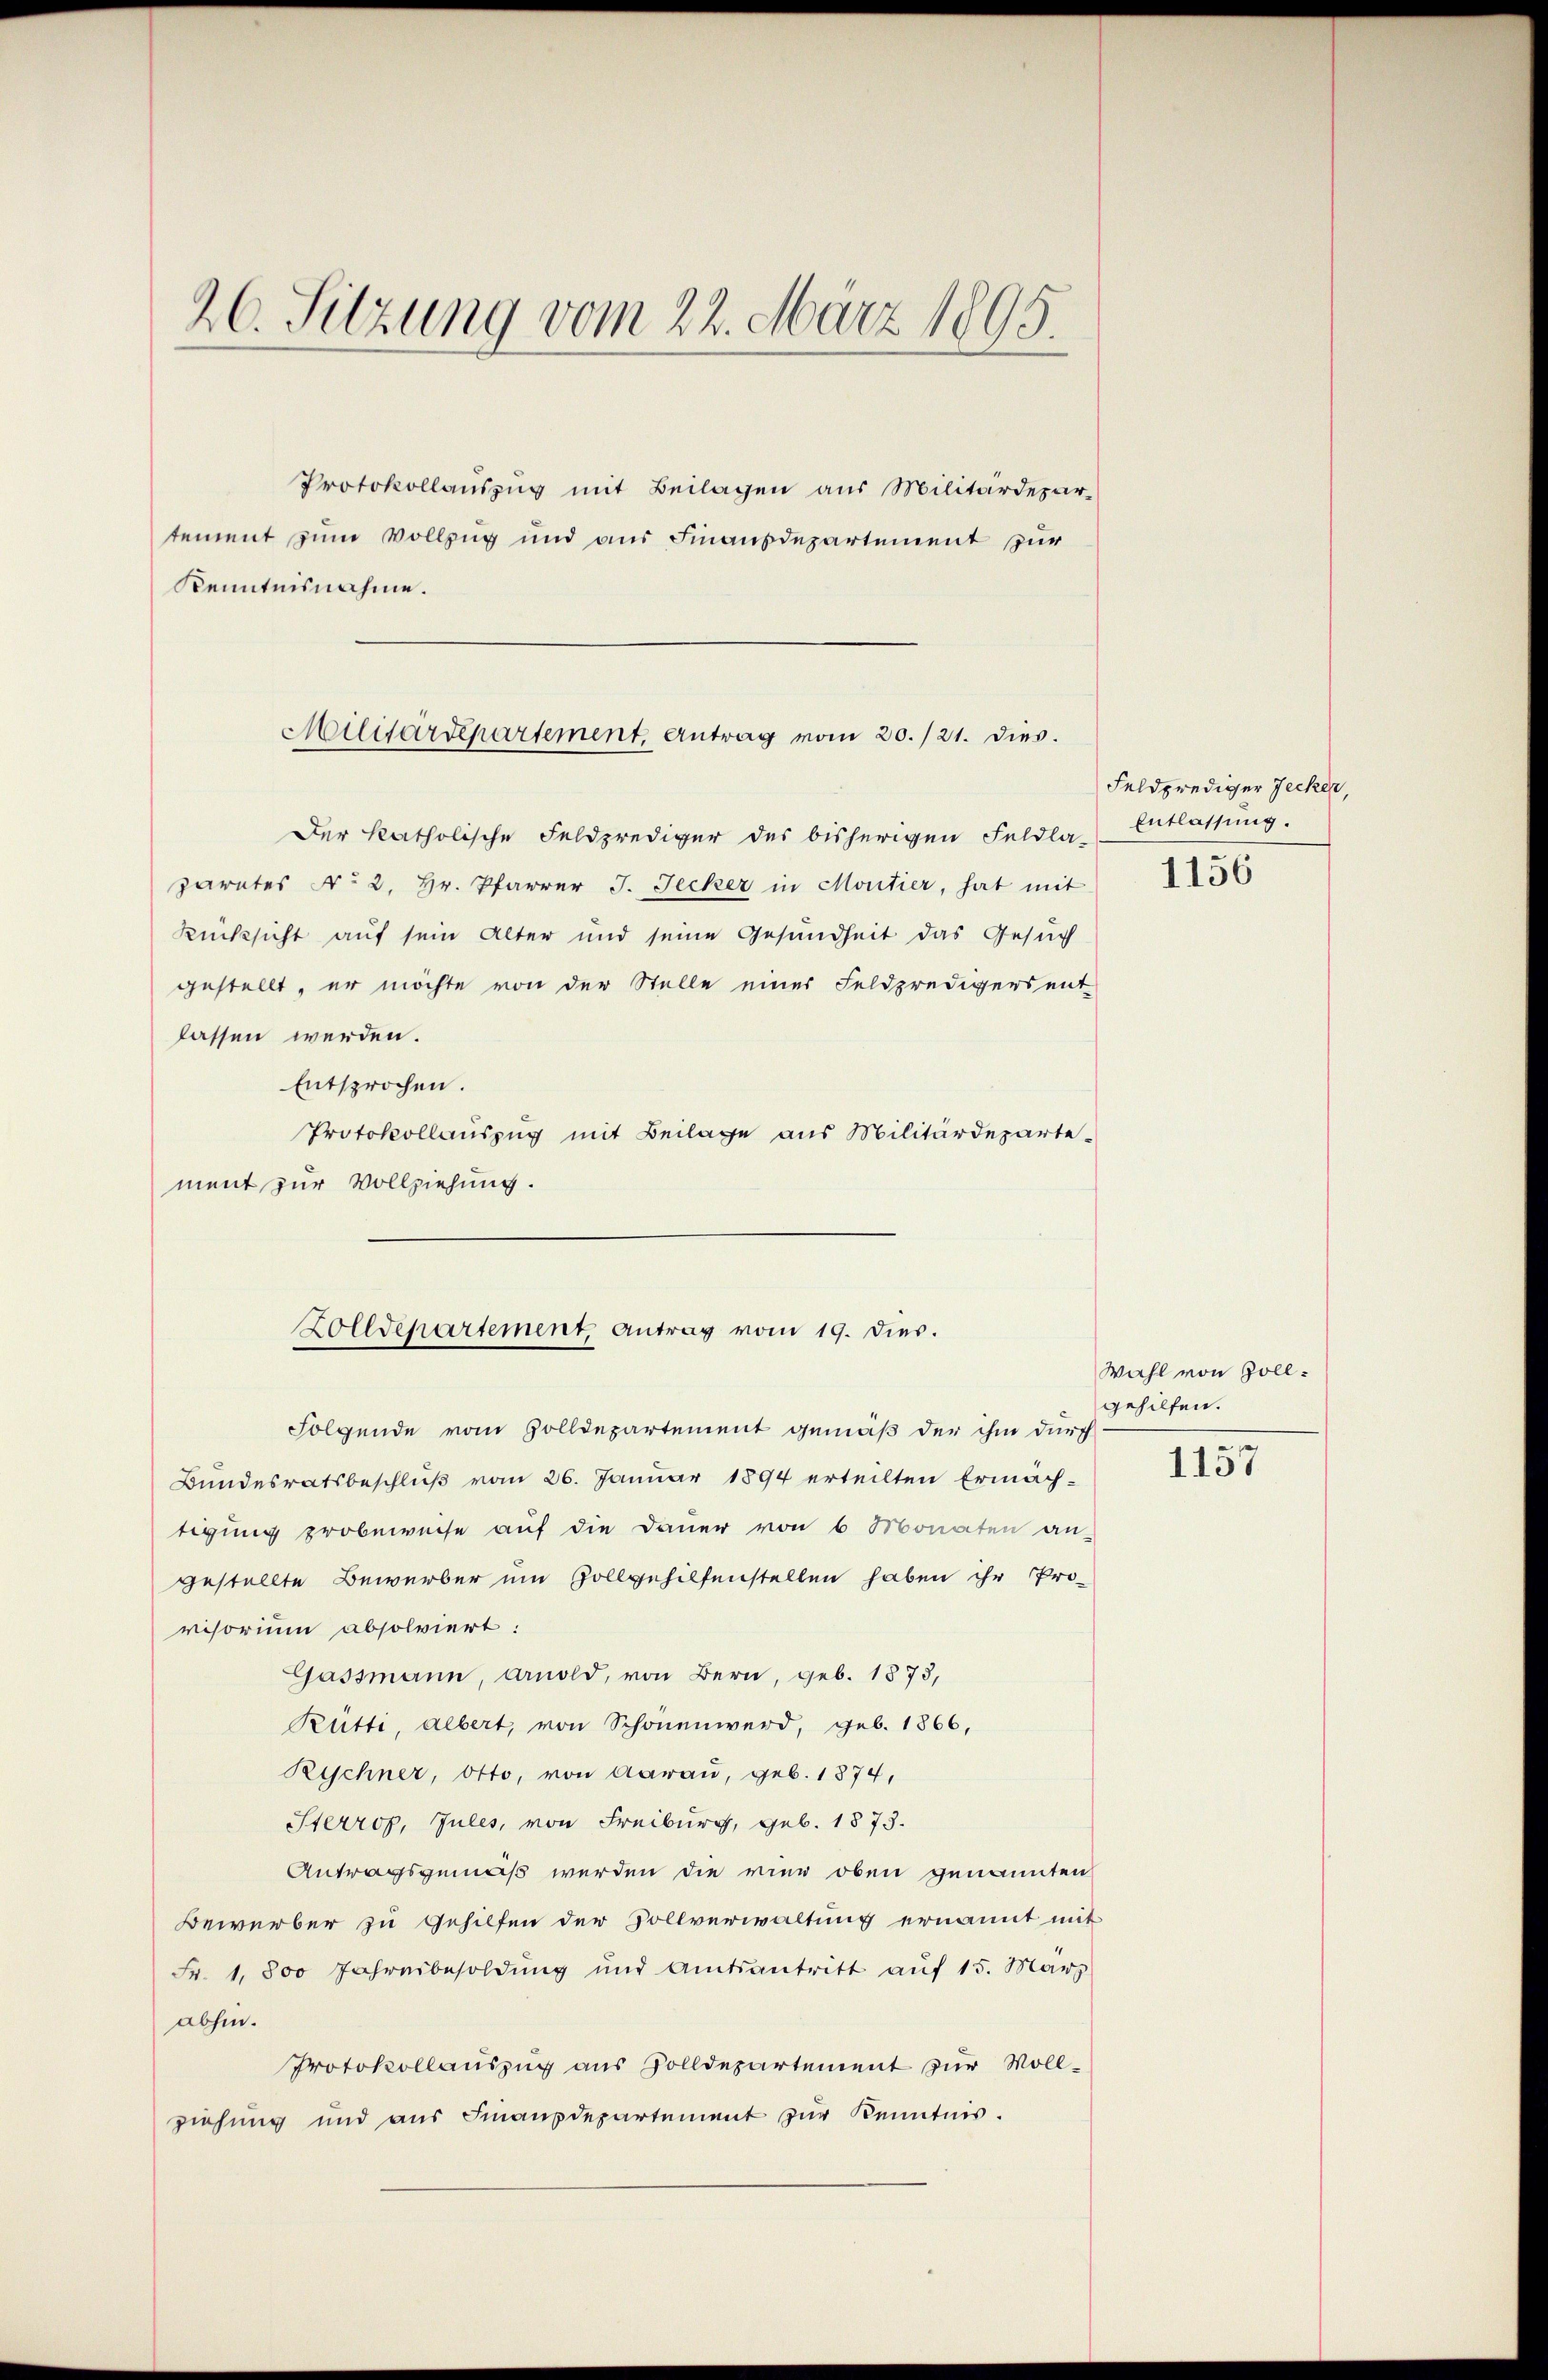
26. Sitzung vom 22. März 1895.

Protokollauszug mit Beilagen aus Militärdepar-
tement zum Vollzug und aus Finanzdepartement pur
Kenntnisnahme.

Militärdepartement, Antrag vom 20./21. dies.

Zolldepartement, Antrag vom 19. dies.

Der katholische Feldprediger des bisherigen Feldla-
parates No 2. Hr. Pfarrer J. Jecker in Moutier, hat mit
Rücksicht auf sein Alter und seine Gesundheit das Gesuch
gestellt, er möchte von der Stelle einer Feldpredigers ent-
lassen werden.
Entsprochen.
Protokollauszug mit Beilage aus Militärdepartement zur Vollziehung.
Folgende vom Zolldepartement gemäß der ihm durch
Bundesratsbeschluß vom 26. Januar 1894 erteilten Ermäch-
tigung probeweise auf die Dauer von 6 Monaten an-
gestellte Bewerber um Zollgehilfenstellen haben ihr Pro-
visorium absolviert.
Gassmann, Arnold, von Bern, geb. 1873,
Rütti, albert, von Schonenwerd, geb. 1866,
Rischner, Otto, von Aarau, geb. 1874,
Sterrop, Jules, von Freiburg, geb. 1873.
Antragsgemäß werden die rien oben genannten
Bewerber zu Gehilfen der Sollverwaltung ernannt mit
Fr. 1,800 Jahresbesoldung und Amtsantritt aŭf 15. März
abhin.
Protokollauszug aus Zolldepartement zur Vollziehung und aŭs Finanzdepartement zŭr Kenntnis.

Feldprediger Jecker,
Entlassung.
1156

Wahl von Zollgehilfen.

1157